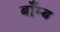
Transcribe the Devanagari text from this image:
बाँम्ब